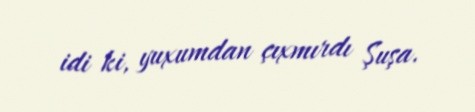
idi ki, yuxumdan çıxmırdı Şuşa.